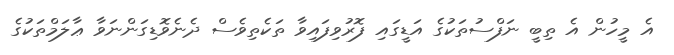
އެ މީހުން އެ ތިބީ ނަފްސުތަކުގެ އަޑީގައި ފޮރުވިފައިވާ ތަކެތިވެސް ދެނެވޮޑިގަންނަވާ ޢާލަމްތަކުގެ